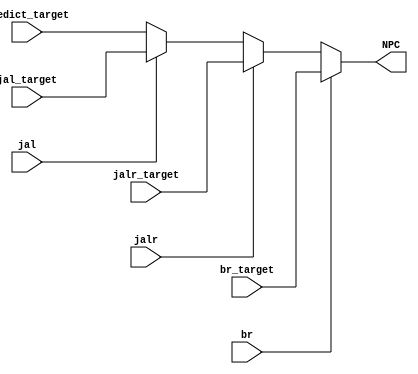
`timescale 1ns / 1ps
//  
    //  
    //  debugsimulation
// 
    // predict_target    PC
    // jal_target        jal
    // jalr_target       jalr
    // br_target         br
    // jal               jal == 1jal
    // jalr              jalr == 1jalr
    // br                br == 1br
// 
    // NPC               


module NPC_Generator(
    input wire [31:0] predict_target, jal_target, jalr_target, br_target,
    input wire jal, jalr, br,
    output reg [31:0] NPC
    );

    always @(*)
    begin
        if(br)  // 
            NPC = br_target;
        else if(jalr)
            NPC = jalr_target;
        else if(jal)
            NPC = jal_target;
        else    // 
            NPC = predict_target;
    end

endmodule